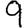
Digit: 9